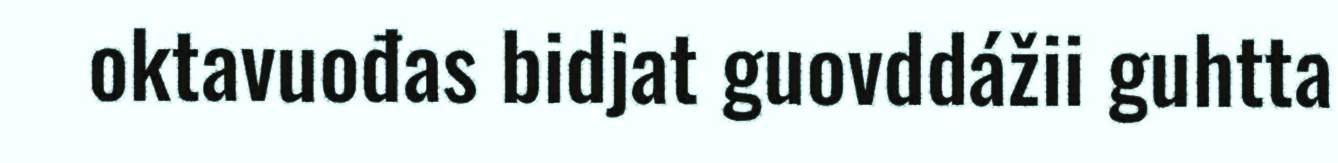
oktavuođas bidjat guovddážii guhtta